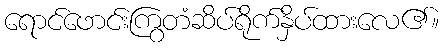
ရောင်ဖောင်းကြွတံဆိပ်ရိုက်နှိပ်ထားလေ၏။